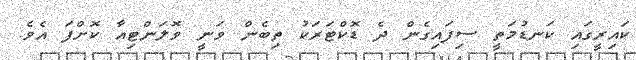
ކައިރީގައި ކަނޑުމަތީ ސިފައިގެން ދެ ޑޮކްޓަރަކު ތިބެން ވަނީ ވޮލަންޓިއާ ކޮށްފަ އެވެ.